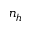
n _ { h }